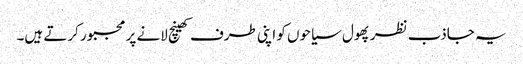
یہ جاذب نظر پھول سیاحوں کو اپنی طرف کھینچ لانے پر مجبور کرتے ہیں۔